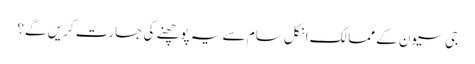
جی سیون کے ممالک انکل سام سے یہ پوچھنے کی جسارت کریں گے؟